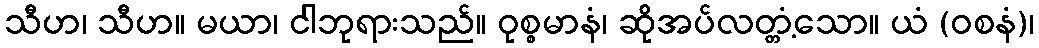
သီဟ၊ သီဟ။ မယာ၊ ငါဘုရားသည်။ ဝုစ္စမာနံ၊ ဆိုအပ်လတ္တံ့သော။ ယံ (ဝစနံ)၊